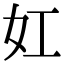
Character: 妅